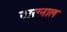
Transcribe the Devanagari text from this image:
नासनाल